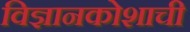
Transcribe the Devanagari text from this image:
विज्ञानकोशाची